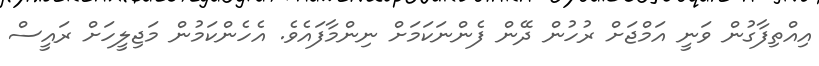
އިއްތިފާގުން ވަނީ އަމްޖަށް ރުހުން ދޭން ފެންނަކަމަށް ނިންމާފައެވެ. އެހެންކަމުން މަޖިލީހަށް ރައީސް